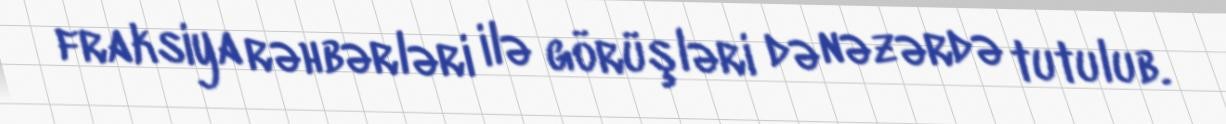
fraksiya rəhbərləri ilə görüşləri də nəzərdə tutulub.